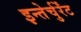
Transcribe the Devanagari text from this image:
इन्तेर्चुर्रेंट